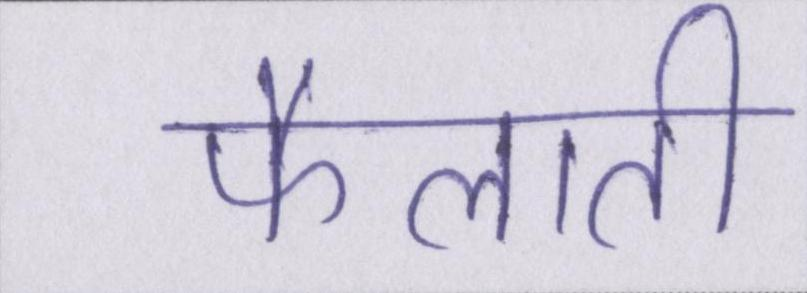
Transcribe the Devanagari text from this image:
फैलाती